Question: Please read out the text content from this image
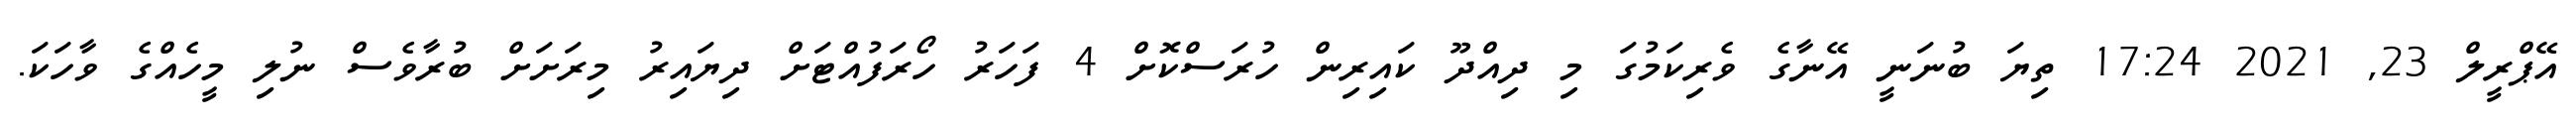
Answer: އޭޕްރީލް 23, 2021 17:24 ތިޔަ ބުނަނީ އޭނާގެ ވެރިކަމުގަ މި ދިއްދޫ ކައިރިން ހުރަސްކޮށް 4 ފަހަރު ހޯރަފުއްޓަށް ދިޔައިރު މިރަށަށް ބުރާވެސް ނުލި މީހެއްގެ ވާހަކަ.